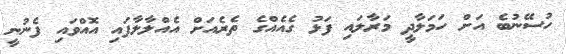
ހުސޭނުބެ އަށް ހަމަލާދީ މަރާލައި ފަޅު ގެއެއްގެ ތެރެއަށް އެއްލާލާފައި އޮއްވައި ފެނުނީ